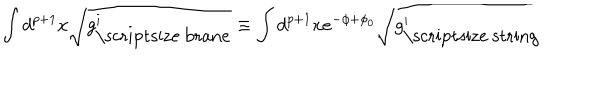
\int d ^ { p + 1 } x \sqrt { g _ { \mathrm { \scriptsize ~ b r a n e } } ^ { i } } \equiv \int d ^ { p + 1 } x e ^ { - \phi + \phi _ { 0 } } \sqrt { g _ { \mathrm { \scriptsize ~ s t r i n g } } ^ { i } }